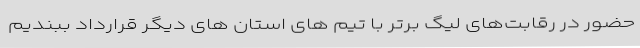
حضور در رقابت‌های لیگ برتر با تیم های استان های دیگر قرارداد ببندیم